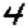
Digit: 4